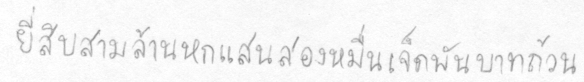
ยี่สิบสามล้านหกแสนสองหมื่นเจ็ดพันบาทถ้วน